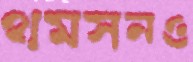
থমসনও